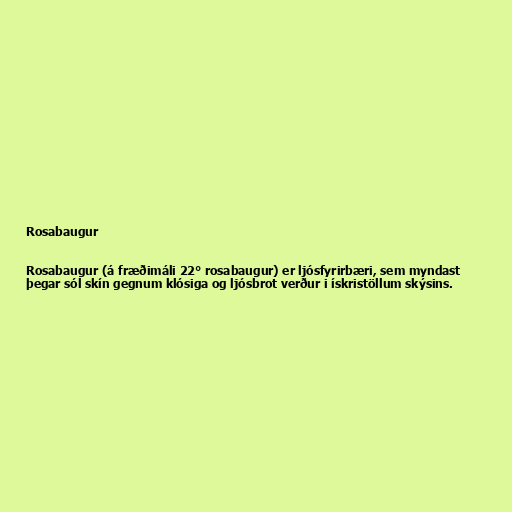
Rosabaugur

Rosabaugur (á fræðimáli 22° rosabaugur) er ljósfyrirbæri, sem myndast
þegar sól skín gegnum klósiga og ljósbrot verður i ískristöllum skýsins.